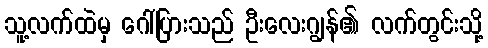
သူ့လက်ထဲမှ ဂေါ်ပြားသည် ဦးလေးဂျွန်၏ လက်တွင်းသို့